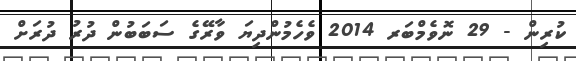
ކުރިން - 29 ނޮވެމްބަރ 2014 ވެހެމުންދިޔަ ވާރޭގެ ސަބަބުން ދުރު ދުރަށް